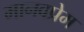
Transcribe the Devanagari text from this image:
मानवप्रेम